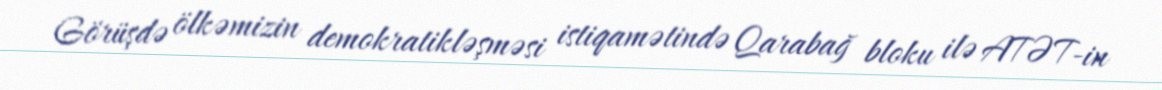
Görüşdə ölkəmizin demokratikləşməsi istiqamətində Qarabağ bloku ilə ATƏT-in